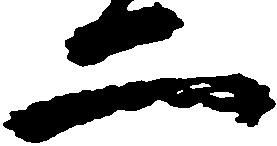
二